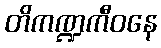
တိကဏ္ဍကီဝနေ